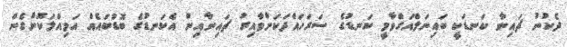
ދެކުނު ޗައިނާ ކަނޑަކީ ބައިނަލްއަގްވާމީ ކަނޑުގެ ސަރަހައްދަކަށްވާއިރު ޗައިނާއިން އެކަނޑުގެ ބޮޑުބައެއް އަމިއްލަކޮށްގެން